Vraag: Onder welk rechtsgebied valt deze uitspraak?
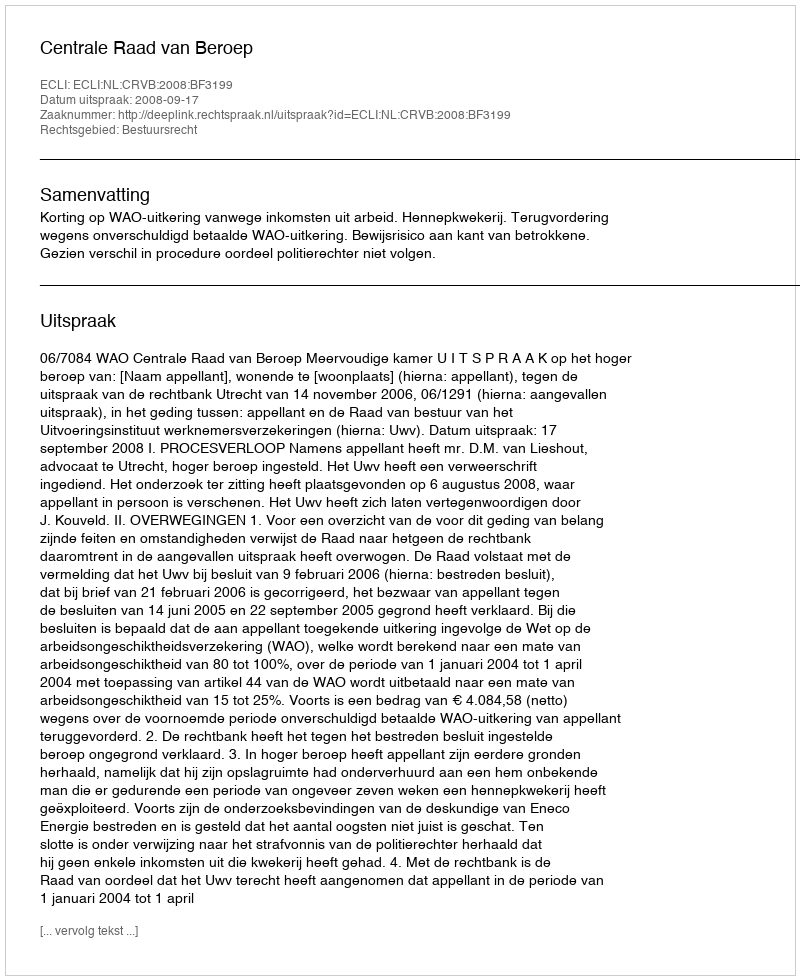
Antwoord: Bestuursrecht